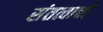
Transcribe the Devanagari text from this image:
संतत्वाची